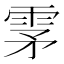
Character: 雺